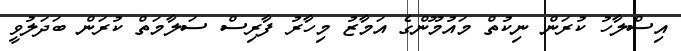
އިސްލާހު ކުރަން ނިކުތް މައުމޫންގެ އަމާޒު މިހާރު ފާރިސް ސަލާމަތް ކުރަން ބަދަލުވީ